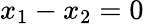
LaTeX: x_{1}-x_{2}=0